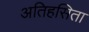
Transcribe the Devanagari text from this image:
अतिहसिता